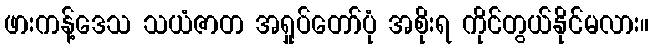
ဖားကန့်ဒေသ သယံဇာတ အရှုပ်တော်ပုံ အစိုးရ ကိုင်တွယ်နိုင်မလား။